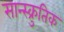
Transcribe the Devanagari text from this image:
सान्स्क्रुतिक